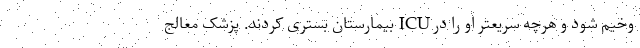
وخیم شود و هرچه‌ سریعتر او را در ICU بیمارستان بستری کردند. پزشک معالج